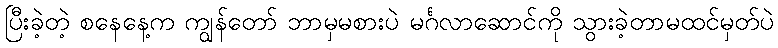
ပြီးခဲ့တဲ့ စနေနေ့က ကျွန်တော် ဘာမှမစားပဲ မင်္ဂလာဆောင်ကို သွားခဲ့တာမထင်မှတ်ပဲ